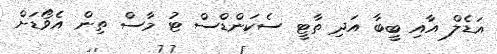
އަޑެލް އާއި ބީބާ އަދި ތާޓީ ސެކަންޑްސް ޓު މާސް ތިން އެވޯޑަށް